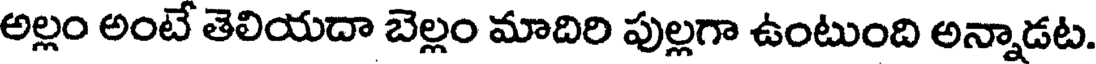
అల్లం అంటే తెలియదా బెల్లం మాదిరి పుల్లగా ఉంటుంది అన్నాడట.